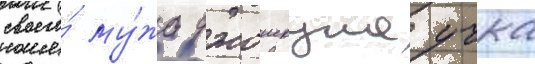
своего́ му́жа джошкуна учка